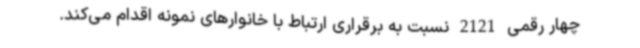
چهار رقمی 2121 نسبت به برقراری ارتباط با خانوارهای نمونه اقدام می‌کند.